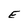
Character: E